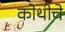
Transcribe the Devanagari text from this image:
कोथीचे